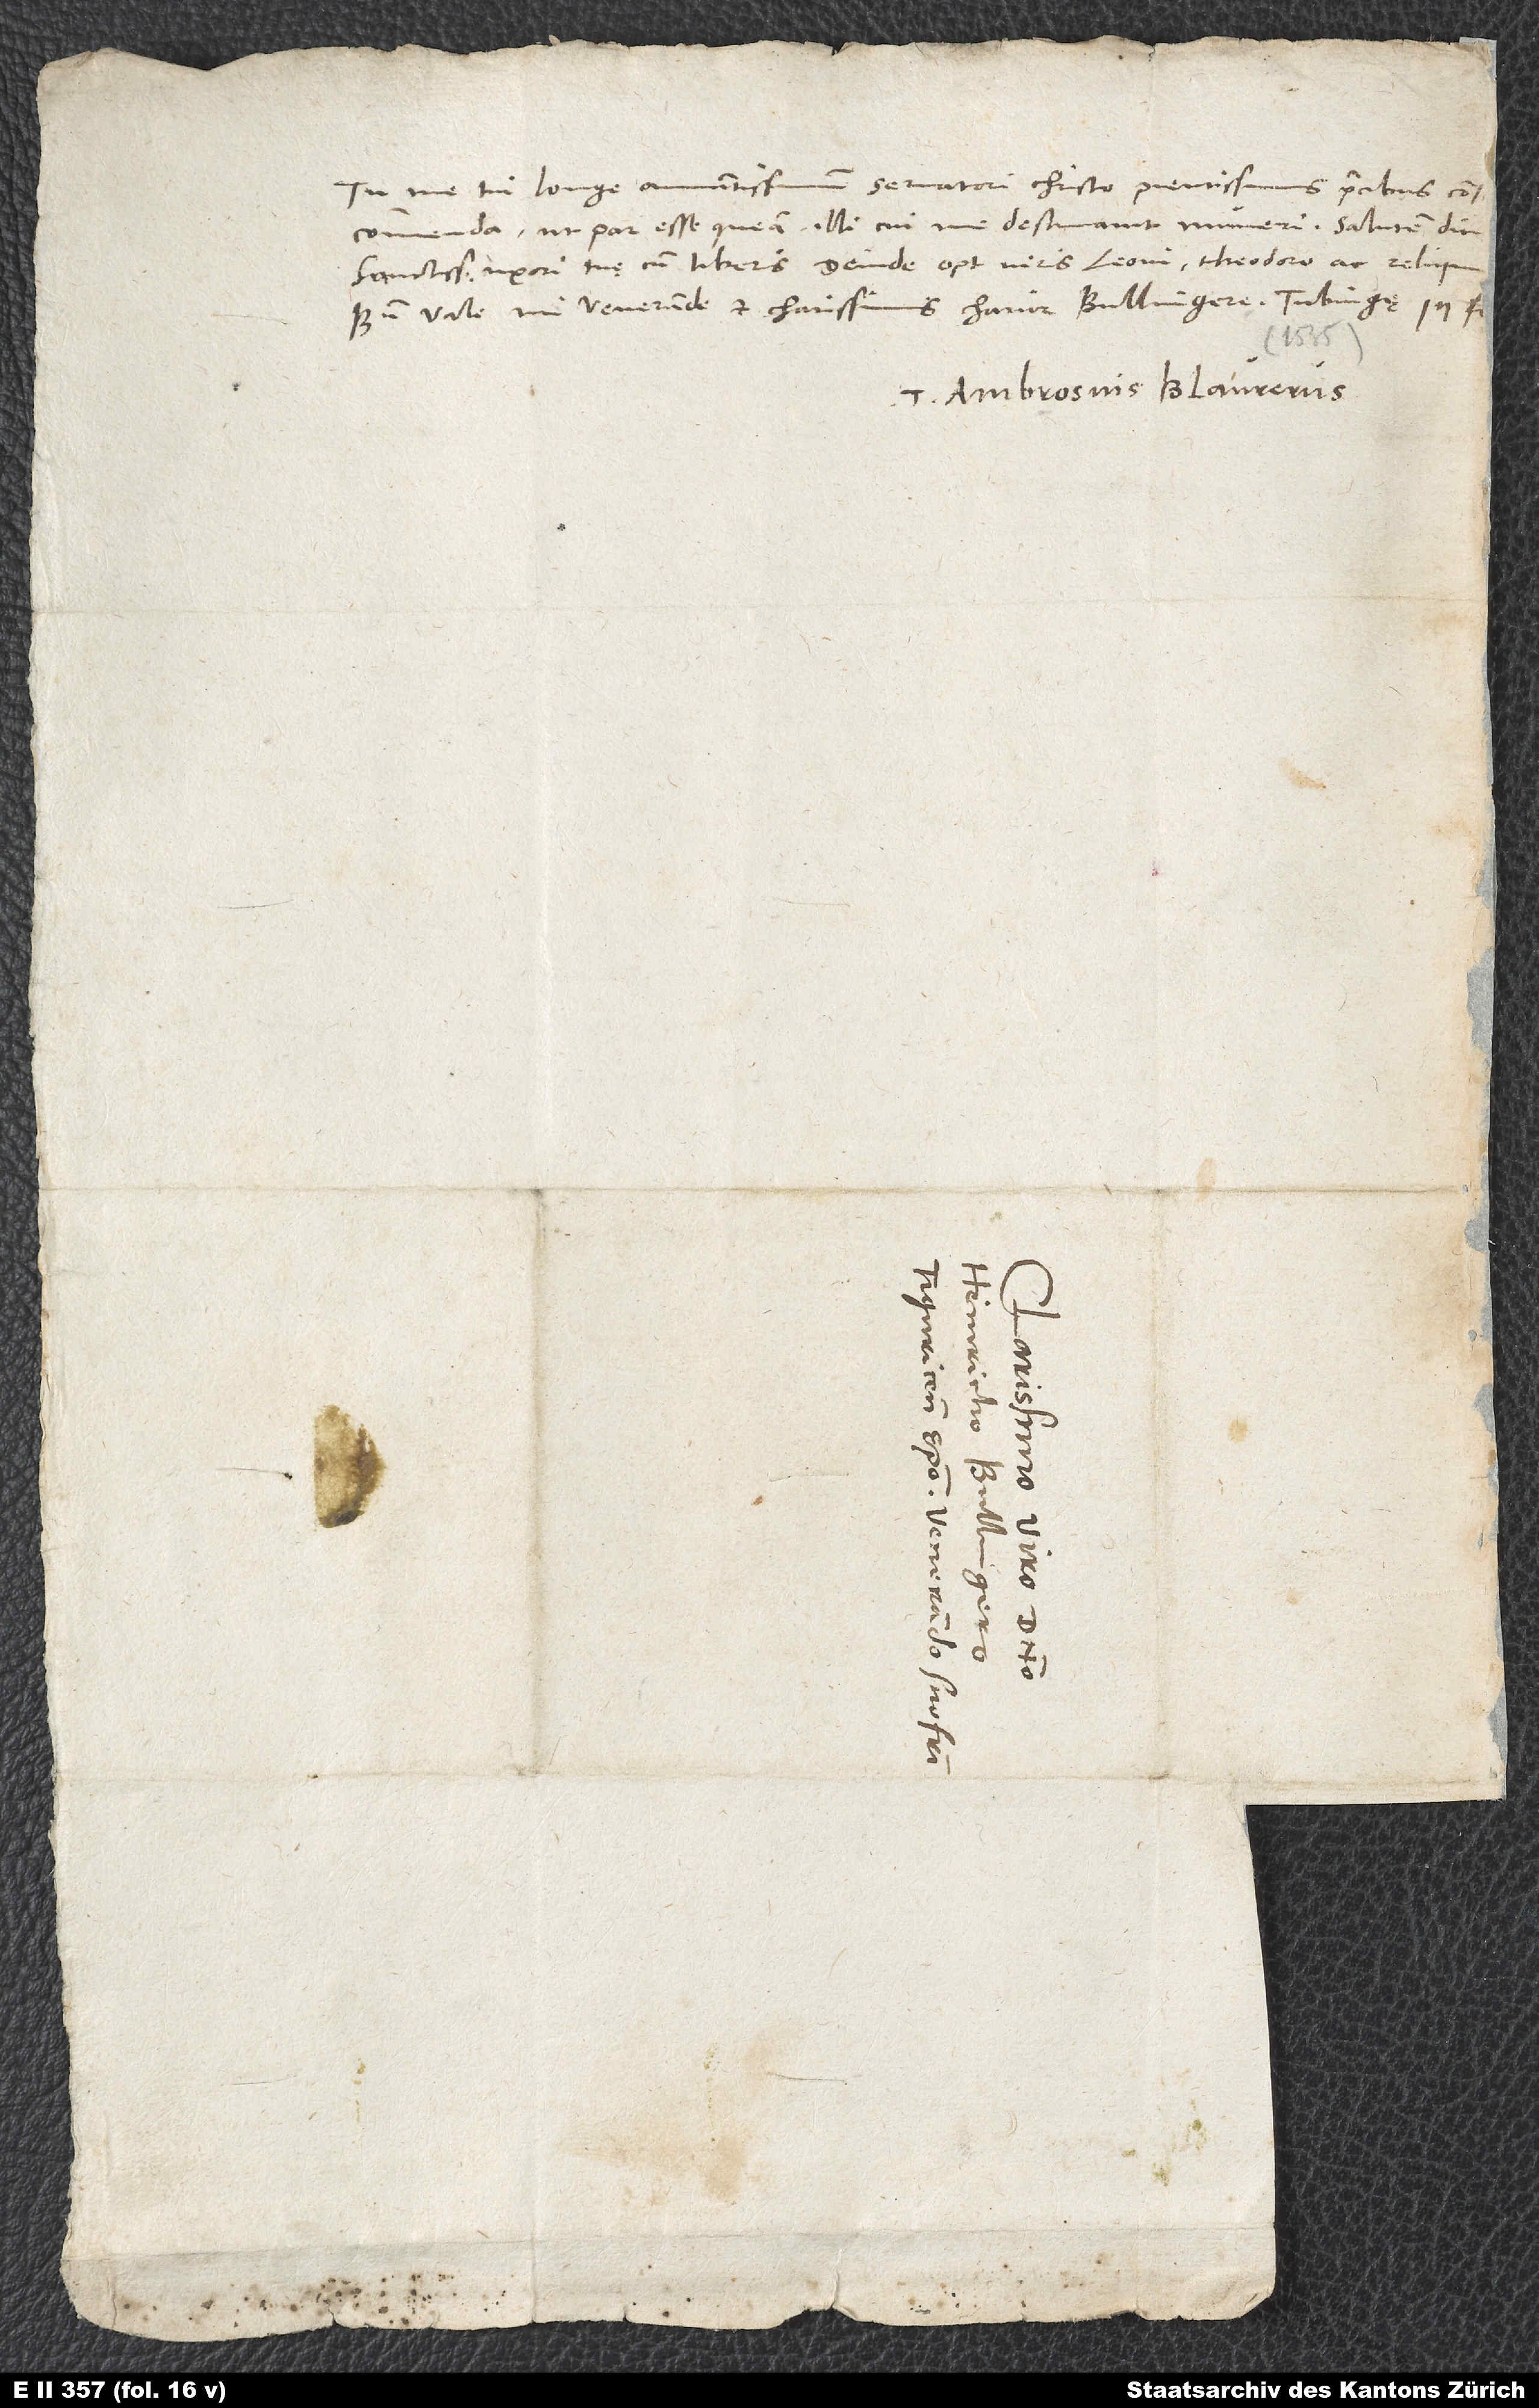
Tu me tui longe amantissimum servatori Christo pientissimis praecibus cons
commenda, ut par esse queam illi, cui me destinavit, muneri.
sanctissimae uxori tuae cum liberis, deinde optimis viris Leoni, Theodoro ac reliqu.
Bene vale, mi venerande et charissimis charior Bullingere.
15.
Tuus Ambrosius Blaurerus.